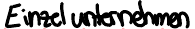
Einzelunternehmen